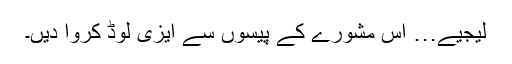
لیجیے… اس مشورے کے پیسوں سے ایزی لوڈ کروا دیں۔